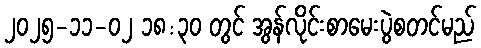
၂၀၂၅-၁၁-၀၂ ၁၈:၃၀ တွင် အွန်လိုင်းစာမေးပွဲစတင်မည်